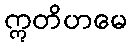
ဣတိဟမေ